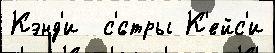
Кэнд'и  с'́стры К'ейс'и